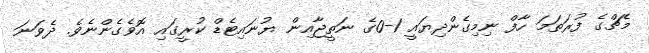
މެޗްގެ ފުރަތަމަ ހާފް ނިމިގެންދިޔައީ 1-0ގެ ނަތީޖާއިން ޔުނައިޓެޑް ކުރީގައި އޮވެގެންނެވެ. ދެވަނަ